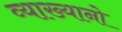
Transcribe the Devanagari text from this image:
व्याख्यानो